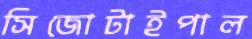
সিজোটাইপাল